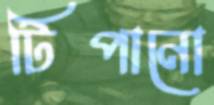
টিপানো